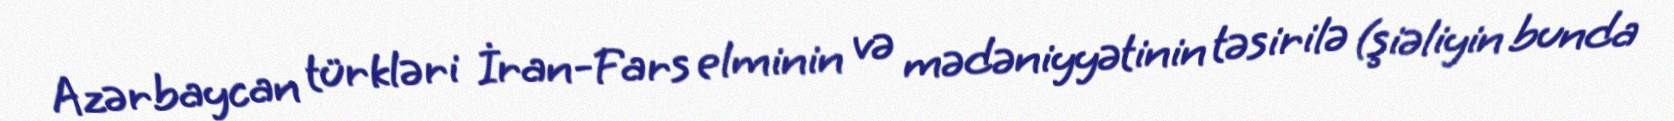
Azərbaycan türkləri İran-Fars elminin və mədəniyyətinin təsirilə (şiəliyin bunda